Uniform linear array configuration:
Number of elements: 16
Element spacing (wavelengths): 0.5
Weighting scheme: uniform
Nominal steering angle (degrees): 45
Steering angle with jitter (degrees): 45.42
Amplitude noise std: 0.05
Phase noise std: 0.05

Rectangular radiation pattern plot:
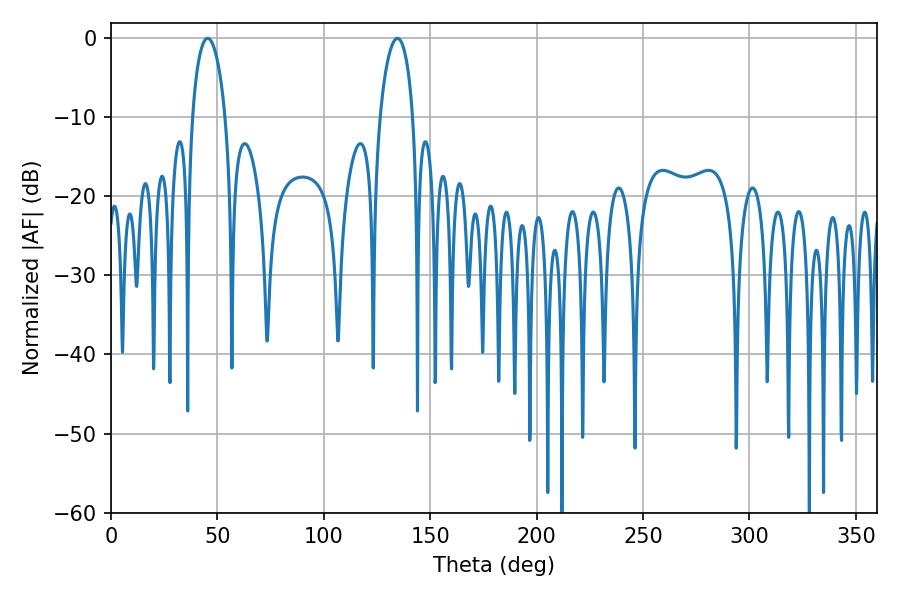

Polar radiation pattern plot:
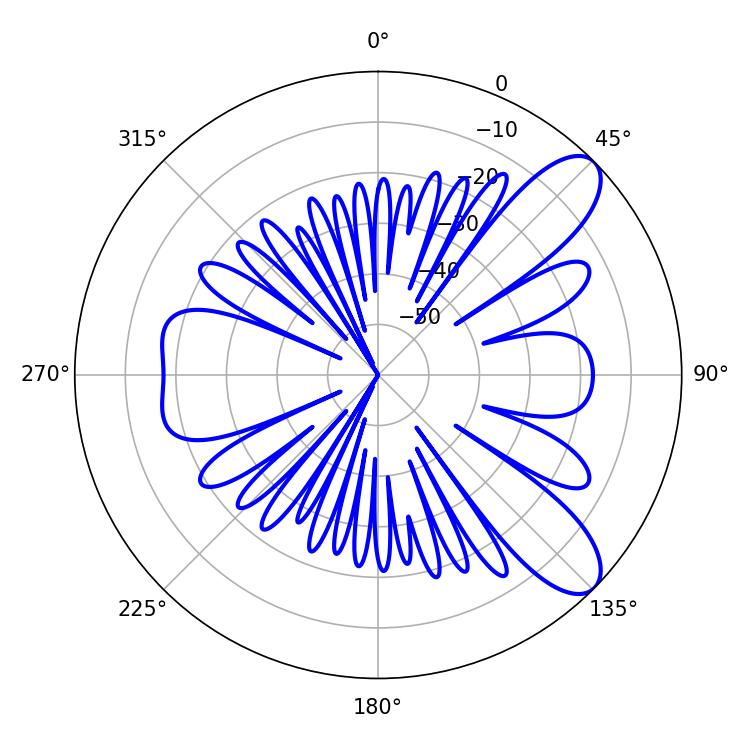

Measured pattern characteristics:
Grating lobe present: FALSE
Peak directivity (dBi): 9.272
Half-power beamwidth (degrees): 8.82
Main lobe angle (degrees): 45.36